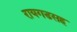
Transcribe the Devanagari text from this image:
रायगडसह